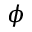
\phi